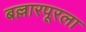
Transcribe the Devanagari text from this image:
बल्लारपूरला